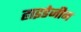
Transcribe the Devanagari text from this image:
हाइडेजीन